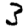
Digit: 3